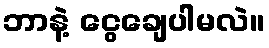
ဘာနဲ့ ငွေချေပါမလဲ။